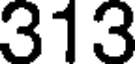
313